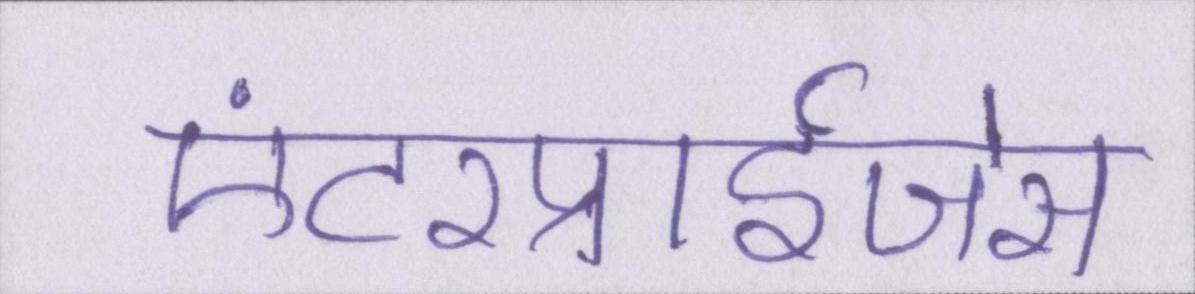
एंटरप्राईजेस